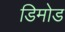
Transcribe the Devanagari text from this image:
डिमोड